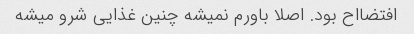
افتضااح بود. اصلا باورم نمیشه چنین غذایی شرو میشه